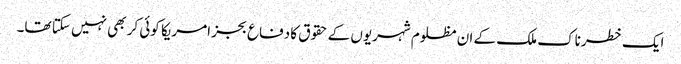
ایک خطرناک ملک کے ان مظلوم شہریوں کے حقوق کا دفاع بجز امریکا کوئی کر بھی نہیں سکتا تھا۔